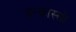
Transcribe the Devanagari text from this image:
इन्कास्सो